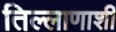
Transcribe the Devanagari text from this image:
तिल्लाणाशी